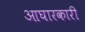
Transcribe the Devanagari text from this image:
आघारकारी